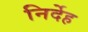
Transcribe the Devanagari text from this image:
निर्देह